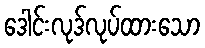
ဒေါင်းလုဒ်လုပ်ထားသော